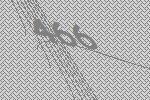
466